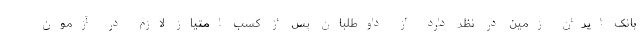
بانک ایران زمین در نظر دارد از داوطلبان پس از کسب امتیاز لازم در آزمون